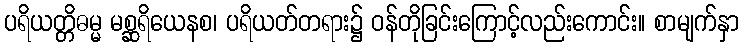
ပရိယတ္တိဓမ္မ မစ္ဆရိယေနစ၊ ပရိယတ်တရား၌ ဝန်တိုခြင်းကြောင့်လည်းကောင်း။ စာမျက်နှာ